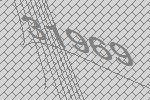
31969